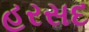
હરસદ